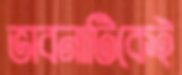
ভাবনাটিকেই